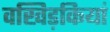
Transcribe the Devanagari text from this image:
वखिड़कियां